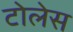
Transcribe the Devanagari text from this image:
टोलेस